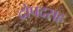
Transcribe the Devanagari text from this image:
द्रोपदसह